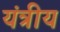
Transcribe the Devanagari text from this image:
यंत्रीय